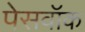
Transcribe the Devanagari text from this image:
पेसवॉक